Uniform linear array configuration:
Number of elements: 4
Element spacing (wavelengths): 0.75
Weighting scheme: hann
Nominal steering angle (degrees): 15
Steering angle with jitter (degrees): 13.7
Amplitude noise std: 0.05
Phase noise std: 0.05

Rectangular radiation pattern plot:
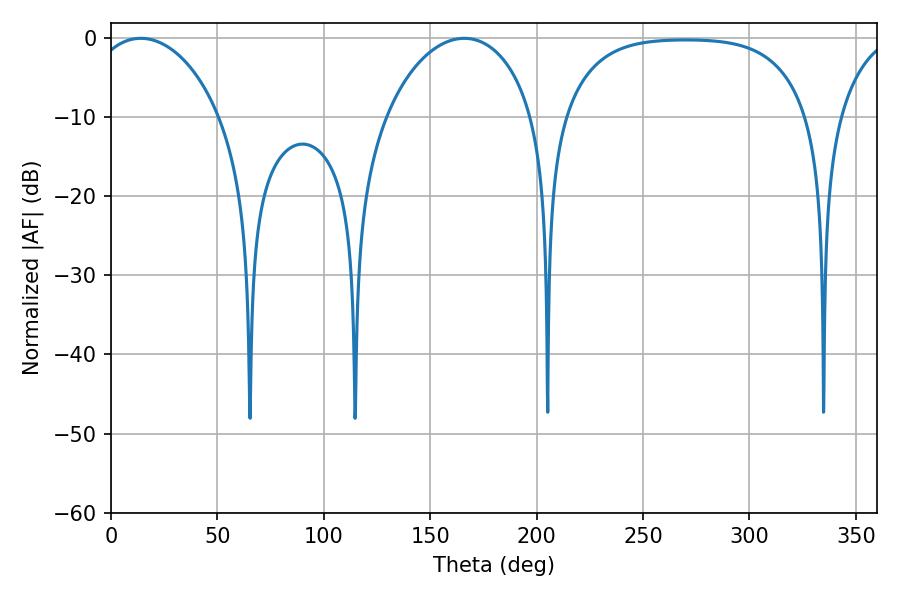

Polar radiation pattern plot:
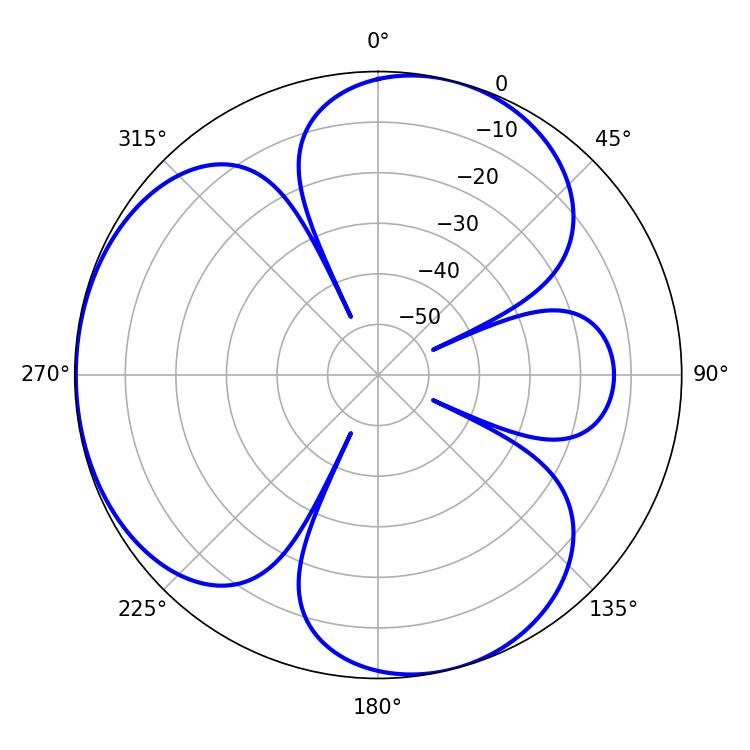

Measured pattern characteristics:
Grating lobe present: TRUE
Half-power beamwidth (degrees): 35.1
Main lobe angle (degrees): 14.04